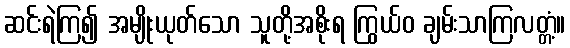
ဆင်းရဲကြ၍ အမျိုးယုတ်သော သူတို့အစိုးရ ကြွယ်ဝ ချမ်းသာကြလတ္တံ့။